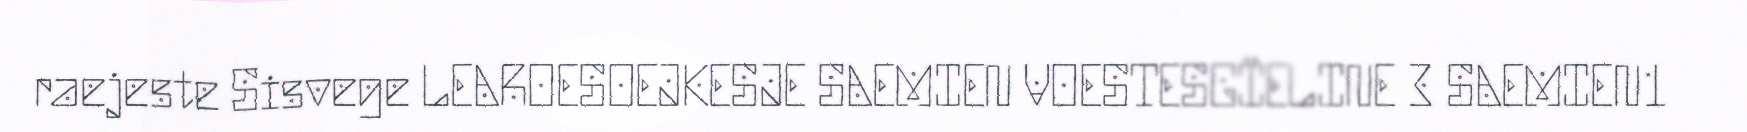
raejeste Sisvege LEAROESOEJKESJE SAEMIEN VOESTESGÏELINE 3 SAEMIEN1